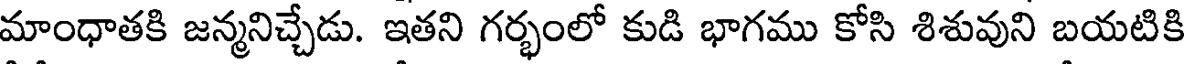
మాంధాతకి జన్మనిచ్చేడు. ఇతని గర్భంలో కుడి భాగము కోసి శిశువుని బయటికి